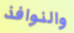
والنوافذ